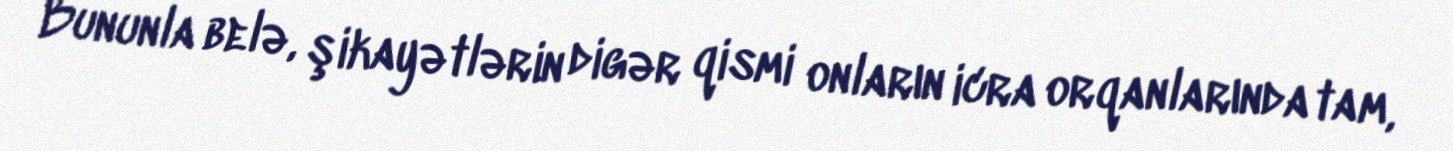
Bununla belə, şikayətlərin digər qismi onların icra orqanlarında tam,